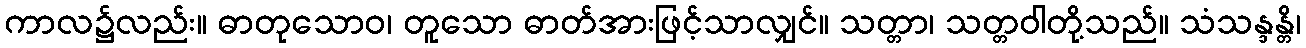
ကာလ၌လည်း။ ဓာတုသောဝ၊ တူသော ဓာတ်အားဖြင့်သာလျှင်။ သတ္တာ၊ သတ္တဝါတို့သည်။ သံသန္ဒန္တိ၊